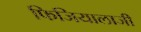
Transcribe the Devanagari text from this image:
फिजियालाजी